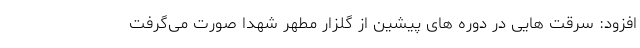
افزود: سرقت هایی در دوره های پیشین از گلزار مطهر شهدا صورت می‌گرفت